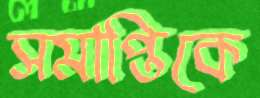
সমাপ্তিকে